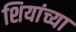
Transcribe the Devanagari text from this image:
शियांच्या